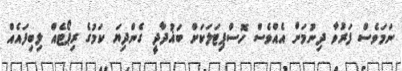
ނަމަވެސް ފަރުވާ ދިނުމަށް އެއްވެސް ހޮސްޕިޓަަލަކަށް ބަޣުދާދީ ގެންދިޔަ ކަމުގެ ރިޕޯޓެއް ލިބިފައެއް